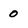
Character: 0